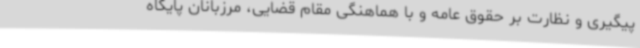
پیگیری و نظارت بر حقوق عامه و با هماهنگی مقام قضایی، مرزبانان پایگاه